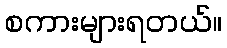
စကားများရတယ်။